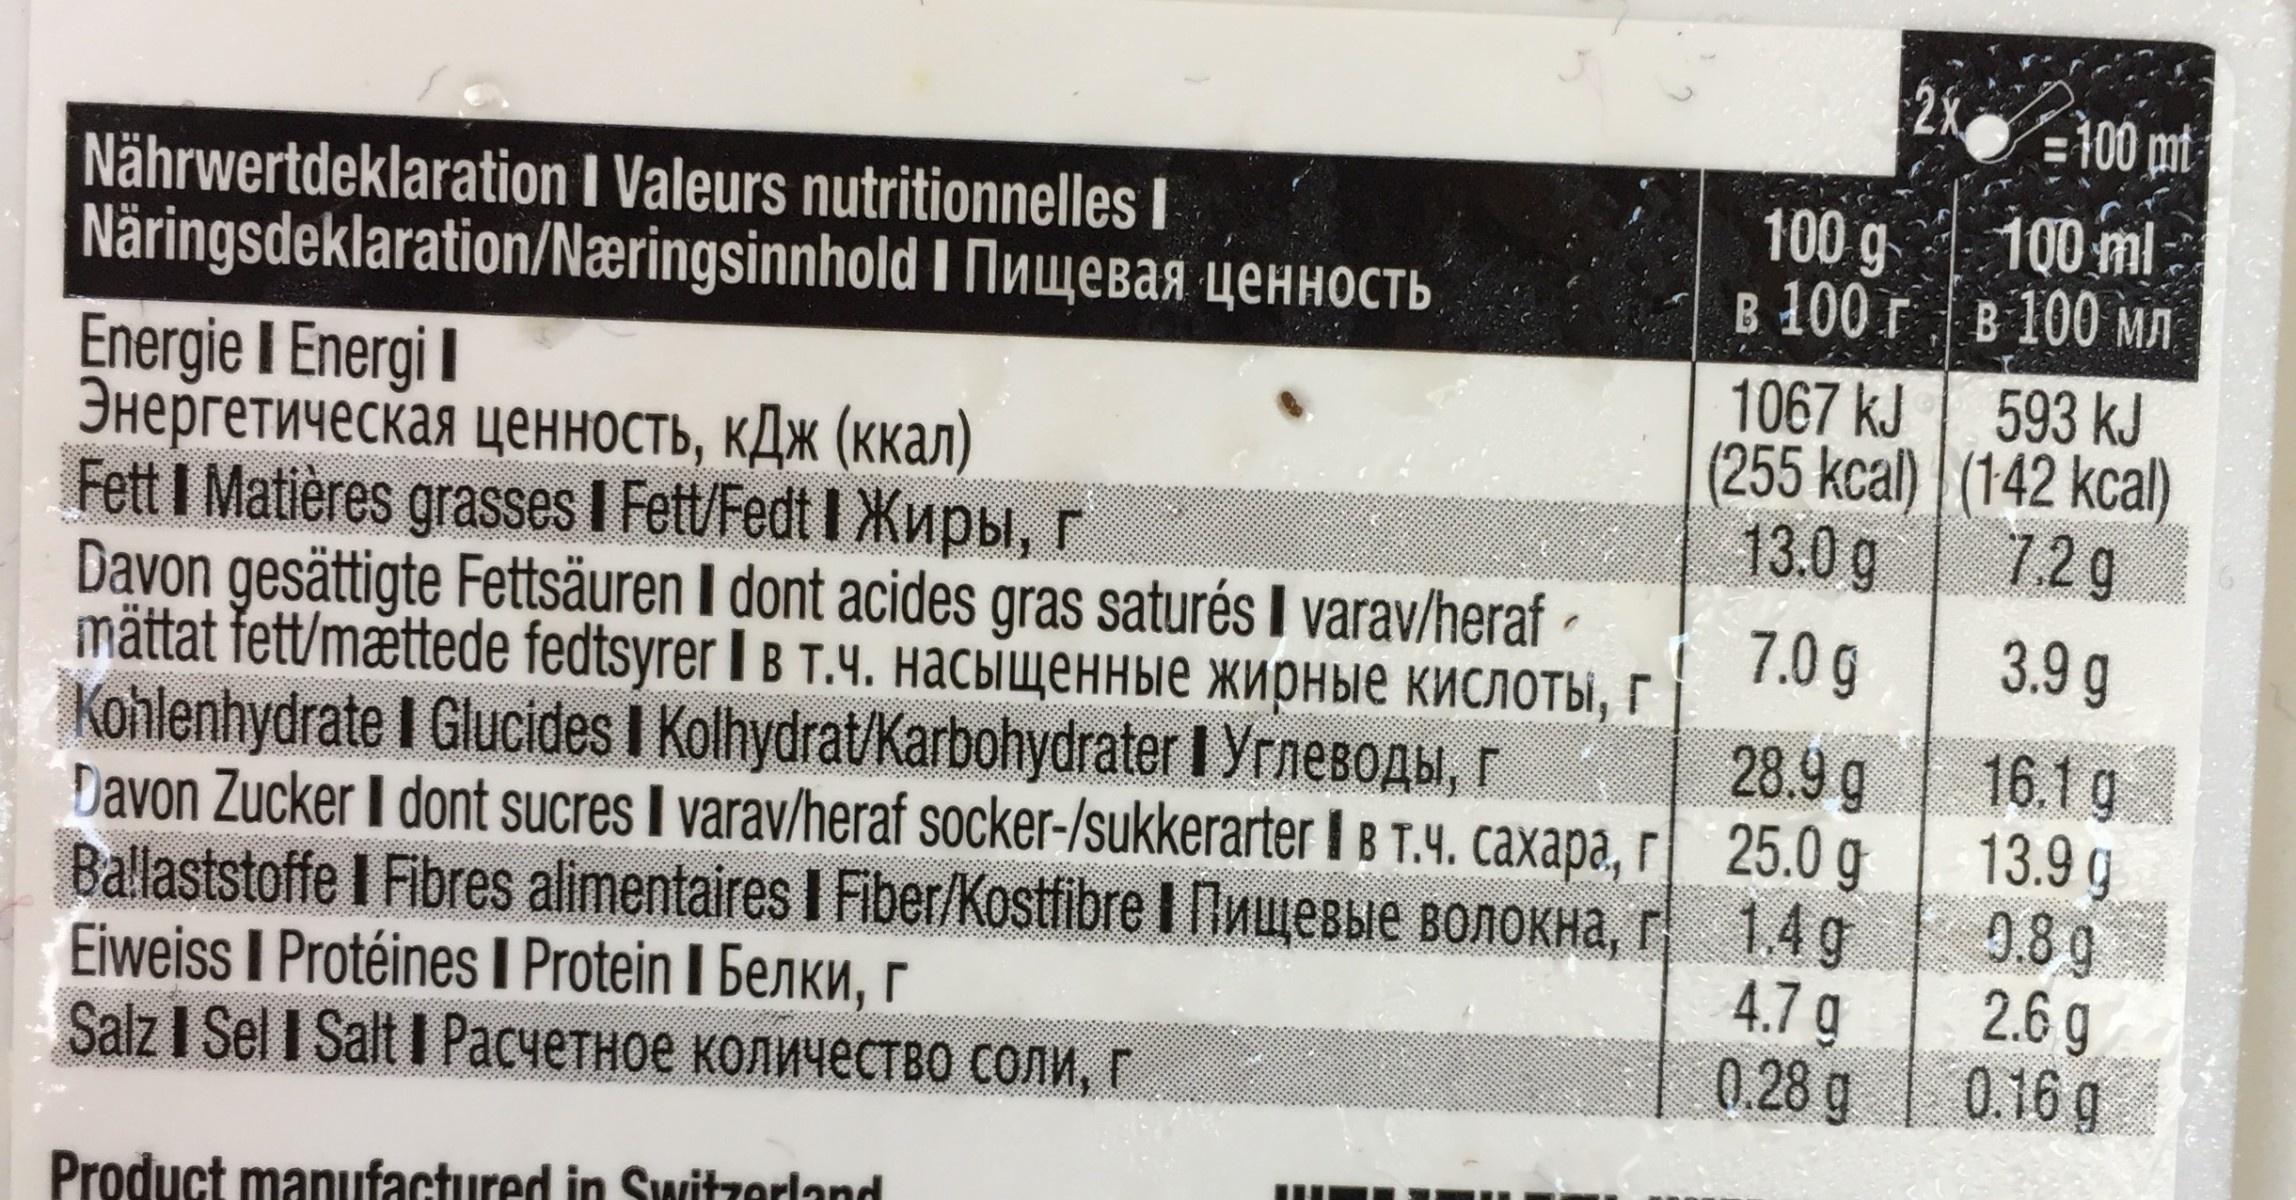
2x =100 mt
100 ml: 100 g в 100 г в 100 мл
Nährwertdeklaration I Valeurs nutritionnelles I Näringsdeklaration/Næringsinnhold I Nnwebaa yehHoctb Energie I Energi I Энергетическая ценность, кДж (ккал) Fett I Matières grasses I Fett/Fedt I Xupbl, Davon gesättigte Fettsäuren I dont acides gras saturés I varav/heraf - mattat fett/mettede fedtsyrer I в т.ч. насыщенные жирные кислоты, г Kohlenhydrate I Glucides i Kolhydrat/Karbohydrater I YrneBoAbi, r Davon Zucker I dont sucres I varav/heraf socker-/sukkerarter IBT.4. caxapa, r 25.0 g Ballaststoffe I Fibres alimentaires I Fiber/Kostfibre I InueBbie BONOKHA, r 1.4 g Eiweiss I Protéines rotein I benkn, r Salz I Sel I Sait I PРасчетное количество соли, г
593 kJ
1067 kJ (255 kcal) (142 kcal) 7.2g
13.0 g
7.0 g
3.9 g
16.1 g 13.9 g 9.8 g 2.6 g 0.16 g
28.9 g
4.7 g 0.28 g
Product manufactured in Switzerland